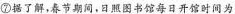
⑦据了解，春节期间，日照图书馆每日开馆时间为